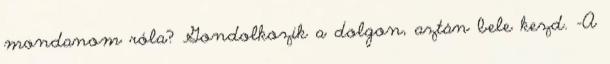
mondanom róla? Gondolkozik a dolgon, aztán bele kezd. -A